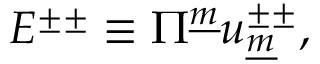
E ^ { \pm \pm } \equiv \Pi ^ { \underline { { { m } } } } u _ { \underline { { { m } } } } ^ { \pm \pm } , \qquad